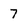
Character: 7